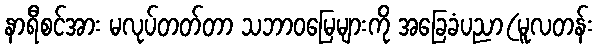
နာရီစင်အား မလုပ်တတ်တာ သဘာဝမြေများကို အခြေခံပညာ(မူလတန်း